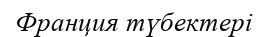
Франция түбектері